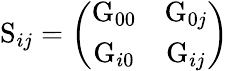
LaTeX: \mathrm{S}_{ij}=\left(\begin{array}{cc}{{\mathrm{G}_{00}}}&{{\mathrm{G}_{0j}}}\\ {{\mathrm{G}_{i0}}}&{{\mathrm{G}_{ij}}}\end{array}\right)